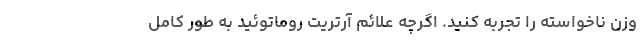
وزن ناخواسته را تجربه کنید. اگرچه علائم آرتریت روماتوئید به طور کامل